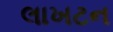
લાખટન